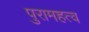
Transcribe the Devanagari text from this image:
पुरामहत्व